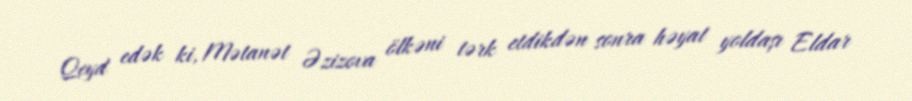
Qeyd edək ki, Mətanət Əzizova ölkəni tərk etdikdən sonra həyat yoldaşı Eldar